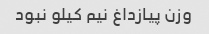
وزن پیازداغ نیم کیلو نبود